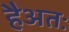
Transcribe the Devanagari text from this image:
हैअतः